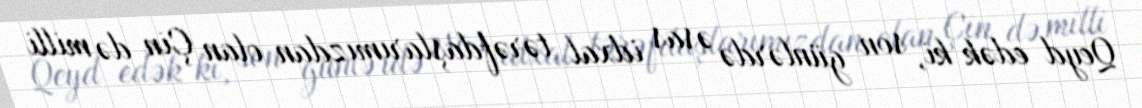
Qeyd edək ki, son günlərdə əsas idxal tərəfdaşlarımızdan olan Çin də milli